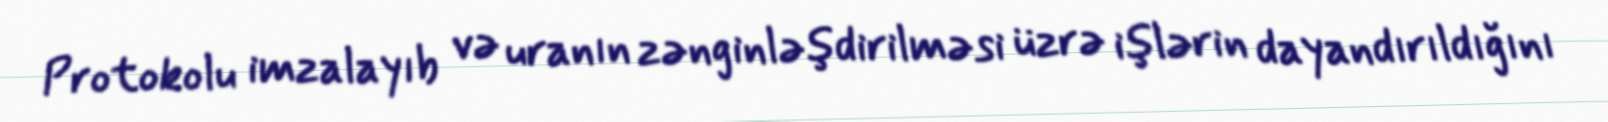
Protokolu imzalayıb və uranın zənginləşdirilməsi üzrə işlərin dayandırıldığını